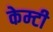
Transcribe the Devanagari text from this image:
केम्टी